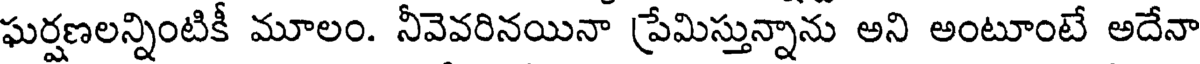
ఘర్షణలన్నింటికీ మూలం. నీవెవరినయినా ప్రేమిస్తున్నాను అని అంటూంటే అదేనా